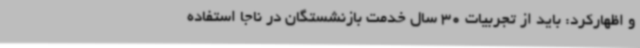
و اظهارکرد: باید از تجربیات 30 سال خدمت بازنشستگان در ناجا استفاده